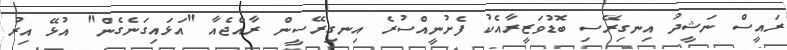
ރައީސް ނަޝީދު އިނގިރޭސި ބޮޑުވަޒީރާއެކު ފެށުނީއްސުރެ އިނގިރޭސީން ރާއްޖެއާ "އަޅައިގަނެގެން" އުޅޭ އިރު